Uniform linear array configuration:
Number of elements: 32
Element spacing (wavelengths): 0.75
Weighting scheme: uniform
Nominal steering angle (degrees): -60
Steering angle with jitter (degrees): -60.022
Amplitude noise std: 0.05
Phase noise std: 0.05

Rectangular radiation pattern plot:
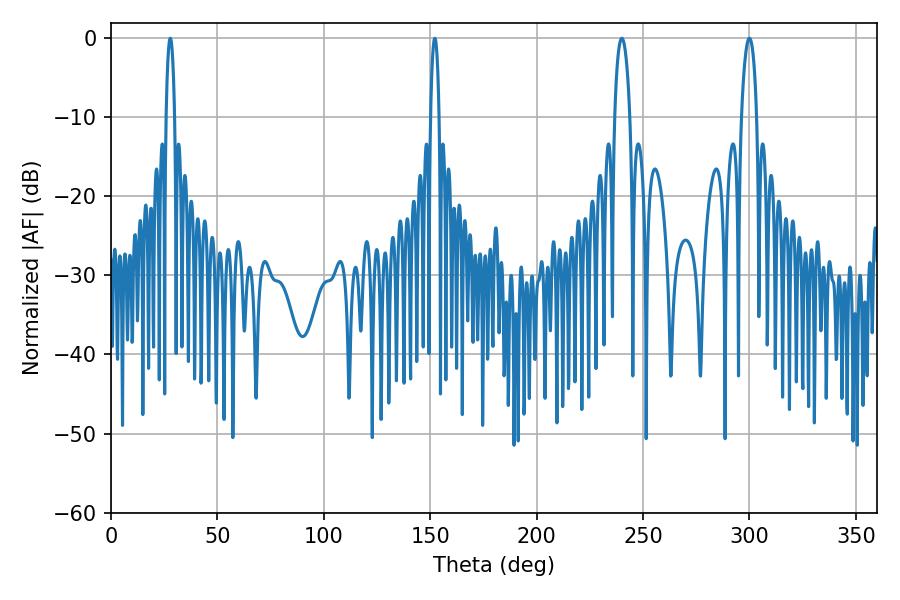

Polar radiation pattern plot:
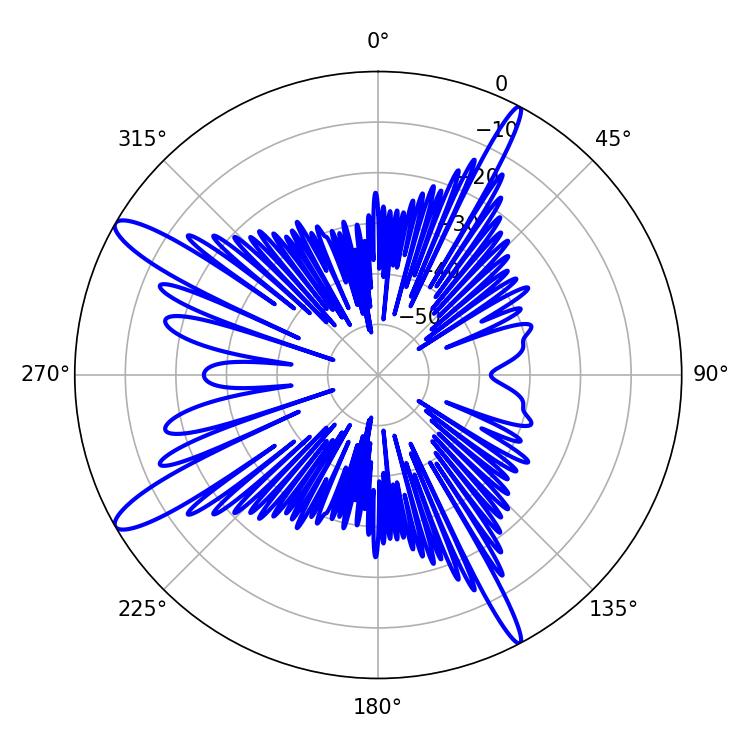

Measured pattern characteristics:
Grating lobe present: TRUE
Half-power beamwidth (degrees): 3.96
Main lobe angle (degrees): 239.94